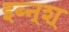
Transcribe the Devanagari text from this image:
इब्न्‌श्